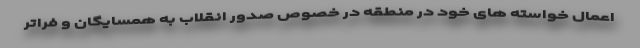
اعمال خواسته های خود در منطقه در خصوص صدور انقلاب به همسایگان و فراتر